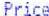
PRICE